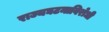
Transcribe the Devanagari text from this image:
राज्यघटनाविरोधी